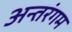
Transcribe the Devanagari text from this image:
अन्तरंगम